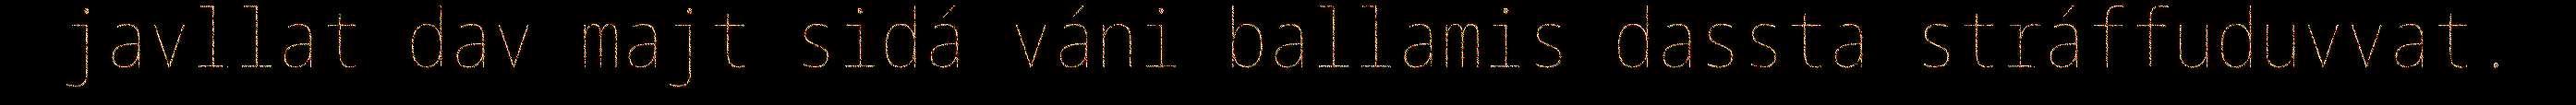
javllat dav majt sidá váni ballamis dassta stráffuduvvat.